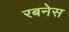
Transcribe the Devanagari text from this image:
रबनेस